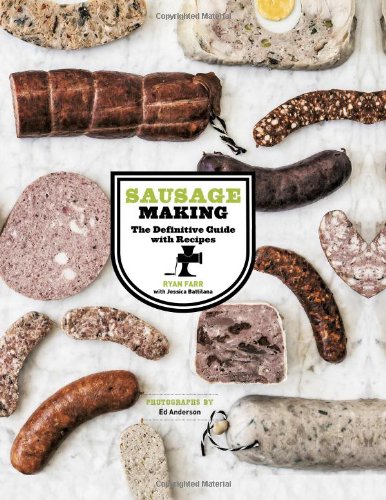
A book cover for Sausage Making: The Definitive Guide with Recipes; Ryan Farr; Cookbooks, Food & Wine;